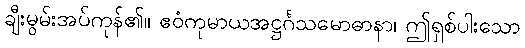
ချီးမွမ်းအပ်ကုန်၏။ ဧဝံကုမာယအဋ္ဌင်္ဂသမောဓာနာ၊ ဤရှစ်ပါးသော